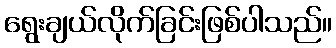
ရွေးချယ်လိုက်ခြင်းဖြစ်ပါသည်။